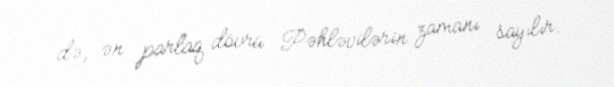
də, ən parlaq dövrü Pəhləvilərin zamanı sayılır.